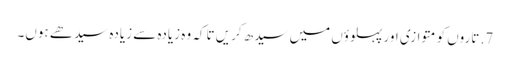
7. تاروں کو متوازی اور پہلوؤں میں سیدھ کریں تاکہ وہ زیادہ سے زیادہ سیدھے ہوں۔